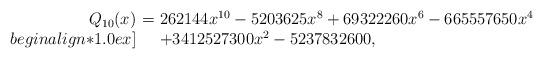
LaTeX: \begin{align*}\begin{array}{rcl}Q_{10}(x)\!\!&\!=\!&\!\! 262144 x^{10}-5203625 x^8+69322260 x^6-665557650 x^4\\begin{align*}1.0 ex]\!\!&\! \!&\!\! +3412527300 x^2-5237832600,\end{array}\end{align*}